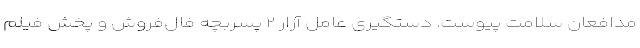
مدافعان سلامت پیوست. دستگیری عامل آزار ۲ پسربچه فال‌فروش و پخش فیلم